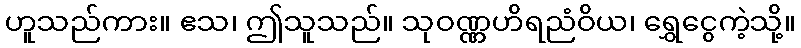
ဟူသည်ကား။ ဧသ၊ ဤသူသည်။ သုဝဏ္ဏဟိရညံဝိယ၊ ရွှေငွေကဲ့သို့။